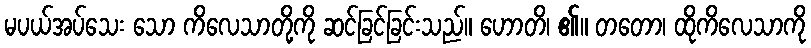
မပယ်အပ်သေး သော ကိလေသာတို့ကို ဆင်ခြင်ခြင်းသည်။ ဟောတိ၊ ၏။ တတော၊ ထိုကိလေသာကို